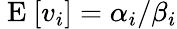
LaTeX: \mathrm{~E~}[v_{i}]=\alpha_{i}/\beta_{i}